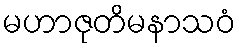
မဟာဇုတိမနာသဝံ